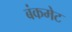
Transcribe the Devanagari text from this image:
बंकमेट